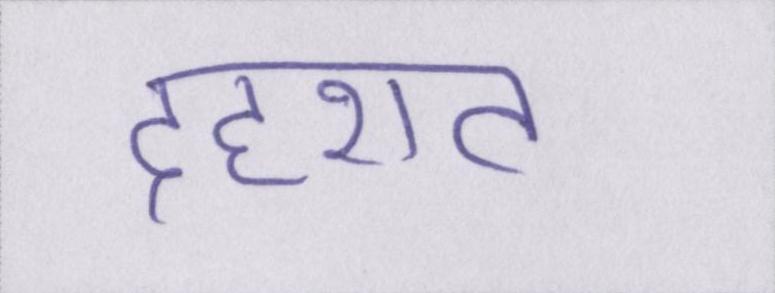
दहशत